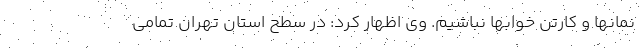
نمانها و کارتن خوابها نباشیم. وی اظهار کرد: در سطح استان تهران تمامی